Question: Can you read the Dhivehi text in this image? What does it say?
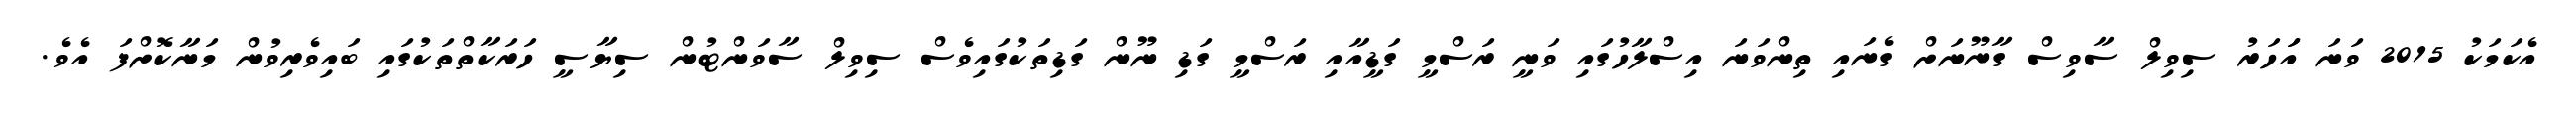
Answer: އެކަމަކު 2015 ވަނަ އަަހަރު ސިވިލް ސާވިސް ގާނޫނަށް ގެނައި ތިންވަނަ އިސްލާހުގައި ވަނީ ރަސްމީ ގަޑީއާއި ރަސްމީ ގަޑި ނޫން ގަޑިތަކުގައިވެސް ސިވިލް ސާވަންޓުން ސިޔާސީ ހަރަކާތްތަކުގައި ބައިވެރިވުން މަނާކޮށްފަ އެވެ.